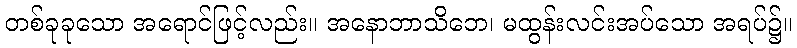
တစ်ခုခုသော အရောင်ဖြင့်လည်း။ အနောဘာသိဘေ၊ မထွန်းလင်းအပ်သော အရပ်၌။